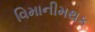
વિમાનીમથક